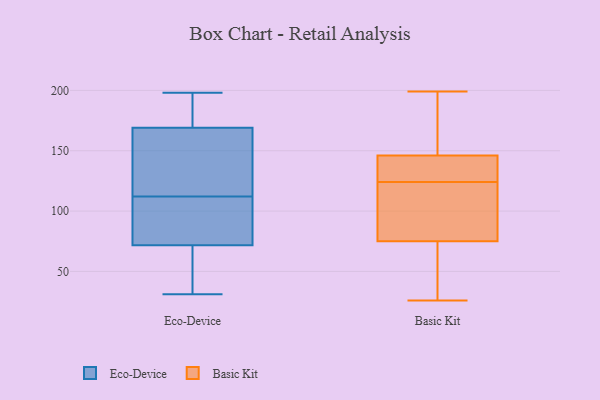
{"axis": {"x": "Conversion Rate (%)", "y": "Value"}, "legend": ["Basic Kit", "Eco-Device"], "data": [{"x": "", "y": 98, "type": "Eco-Device"}, {"x": "", "y": 142, "type": "Eco-Device"}, {"x": "", "y": 56, "type": "Eco-Device"}, {"x": "", "y": 178, "type": "Eco-Device"}, {"x": "", "y": 140, "type": "Eco-Device"}, {"x": "", "y": 104, "type": "Eco-Device"}, {"x": "", "y": 61, "type": "Eco-Device"}, {"x": "", "y": 182, "type": "Eco-Device"}, {"x": "", "y": 95, "type": "Eco-Device"}, {"x": "", "y": 99, "type": "Eco-Device"}, {"x": "", "y": 31, "type": "Eco-Device"}, {"x": "", "y": 56, "type": "Eco-Device"}, {"x": "", "y": 198, "type": "Eco-Device"}, {"x": "", "y": 64, "type": "Eco-Device"}, {"x": "", "y": 178, "type": "Eco-Device"}, {"x": "", "y": 191, "type": "Eco-Device"}, {"x": "", "y": 127, "type": "Eco-Device"}, {"x": "", "y": 141, "type": "Eco-Device"}, {"x": "", "y": 112, "type": "Eco-Device"}, {"x": "", "y": 115, "type": "Basic Kit"}, {"x": "", "y": 48, "type": "Basic Kit"}, {"x": "", "y": 75, "type": "Basic Kit"}, {"x": "", "y": 146, "type": "Basic Kit"}, {"x": "", "y": 122, "type": "Basic Kit"}, {"x": "", "y": 185, "type": "Basic Kit"}, {"x": "", "y": 85, "type": "Basic Kit"}, {"x": "", "y": 199, "type": "Basic Kit"}, {"x": "", "y": 145, "type": "Basic Kit"}, {"x": "", "y": 179, "type": "Basic Kit"}, {"x": "", "y": 126, "type": "Basic Kit"}, {"x": "", "y": 52, "type": "Basic Kit"}, {"x": "", "y": 26, "type": "Basic Kit"}, {"x": "", "y": 29, "type": "Basic Kit"}, {"x": "", "y": 164, "type": "Basic Kit"}, {"x": "", "y": 141, "type": "Basic Kit"}, {"x": "", "y": 135, "type": "Basic Kit"}, {"x": "", "y": 115, "type": "Basic Kit"}]}